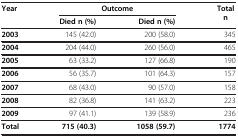
<table><thead><tr><td><b>Year</b></td><td colspan="2"><b>Outcome</b></td><td><b>Total n</b></td></tr><tr><td><b> </b></td><td><b>Died n (%)</b></td><td><b>Died n (%)</b></td><td><b> </b></td></tr></thead><tbody><tr><td><b>2003</b></td><td>145 (42.0)</td><td>200 (58.0)</td><td>345</td></tr><tr><td><b>2004</b></td><td>204 (44.0)</td><td>260 (56.0)</td><td>465</td></tr><tr><td><b>2005</b></td><td>63 (33.2)</td><td>127 (66.8)</td><td>190</td></tr><tr><td><b>2006</b></td><td>56 (35.7)</td><td>101 (64.3)</td><td>157</td></tr><tr><td><b>2007</b></td><td>68 (43.0)</td><td>90 (57.0)</td><td>158</td></tr><tr><td><b>2008</b></td><td>82 (36.8)</td><td>141 (63.2)</td><td>223</td></tr><tr><td><b>2009</b></td><td>97 (41.1)</td><td>139 (58.9)</td><td>236</td></tr><tr><td><b>Total</b></td><td><b>715 (40.3)</b></td><td><b>1058 (59.7)</b></td><td><b>1774</b></td></tr></tbody></table>